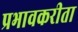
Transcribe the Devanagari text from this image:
प्रभावकरीता